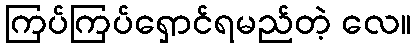
ကြပ်ကြပ်ရှောင်ရမည်တဲ့ လေ။